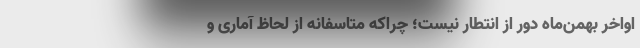
اواخر بهمن‌ماه دور از انتطار نیست؛ چراکه متاسفانه از لحاظ آماری و